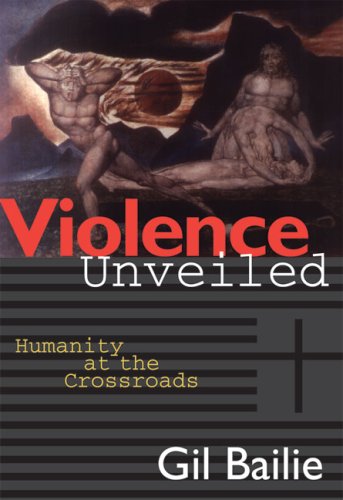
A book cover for Violence Unveiled: Humanity at the Crossroads; Gil Bailie; Christian Books & Bibles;